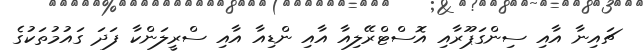
ޗައިނާ އާއި ސިންގަޕޫރާއި އޮސްޓްރޭލިއާ އާއި ންޑިއާ އާއި ސްރީލަންކާ ފަދަ ގައުމުތަކުގެ